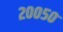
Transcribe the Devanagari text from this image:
२००५०